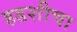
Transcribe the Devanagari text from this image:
हडशीचा